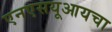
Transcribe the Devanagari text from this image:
एनएसयूआयचा